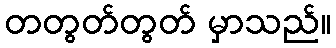
တတွတ်တွတ် မှာသည်။